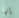
إنها